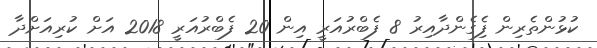
ކުޅުންތެރިން ފެިގެންދާއިރު 8 ފެބްރުއަރީ އިން 20 ފެބްރުއަރީ 2018 އަށް ކުރިއަށްދާ